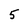
Character: 5